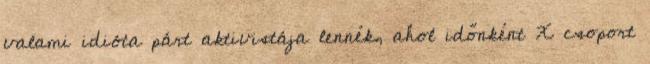
valami idióta párt aktivistája lennék, ahol időnként X csoport